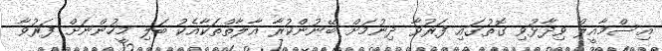
އިސްމާއީލް ވިދާޅުވި ގޮތުގައި ފަރުވާ ދިނުމަށް ބޭނުންކުރާ އާލާތްތަކާއެކު ބަލި މީހުންނަށް ފަރުވާ